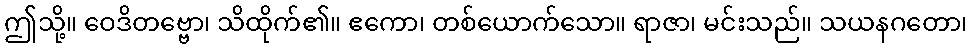
ဤသို့။ ဝေဒိတဗ္ဗော၊ သိထိုက်၏။ ဧကော၊ တစ်ယောက်သော။ ရာဇာ၊ မင်းသည်။ သယနဂတော၊